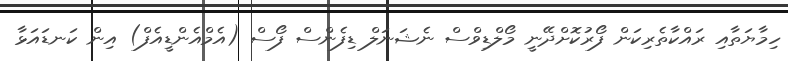
ހިމާޔަތާއި ރައްކާތެރިކަން ފޯރުކޮށްދޭނީ މޯލްޑިވްސް ނެޝަނަލް ޑިފެންސް ފޯސް (އެމްއެންޑީއެފް) އިން ކަނޑައަޅާ